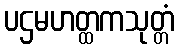
ပဌမဟတ္ထကသုတ္တံ